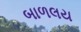
બાળલય